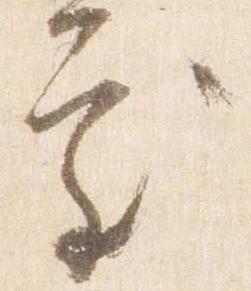
処